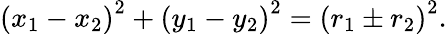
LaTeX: \left(x_{1}-x_{2}\right)^{2}+\left(y_{1}-y_{2}\right)^{2}=\left(r_{1}\pm r_{2}\right)^{2}.